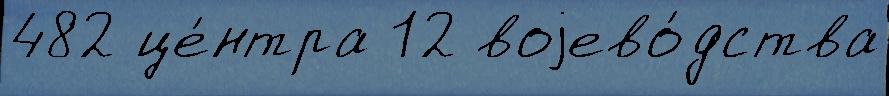
482 це́нтра 12 воjево́дства